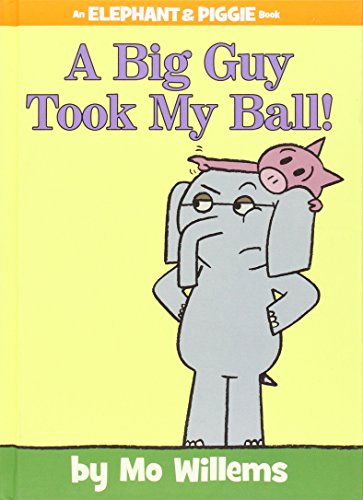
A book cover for A Big Guy Took My Ball! (An Elephant and Piggie Book); Mo Willems; Children's Books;